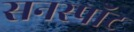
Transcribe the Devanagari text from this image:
सनस्पॉट